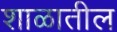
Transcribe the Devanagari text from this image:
शाळातील